Investigations into the jail dietaries of the United Provinces with some observations on the influence of dietary on the physical development and well-being of the people of the United Provinces - Number 48
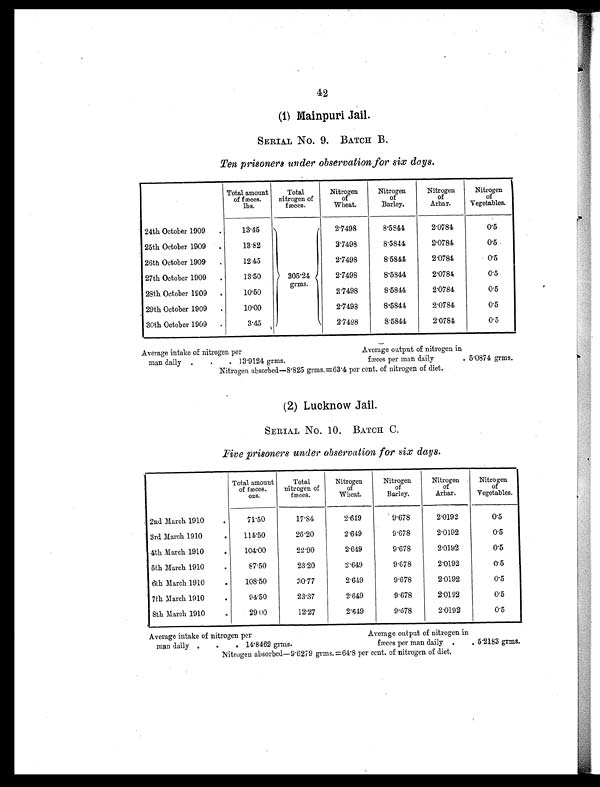
42
SERIAL No. 9. BATCH B.
Ten prisoners under observation for six days.
Total amount
of fæces.
l b s .
Total
nitrogen of
fæces.
Nitrogen
of
Wheat.
Nitrogen
of
Barley.
Nitrogen
of
Arhar.
Nitrogen
of
Vegetables.
24th October 1909
.
13.45
305.24
grms.
2.7498
8.5844
2.0784
0.5
25th October 1909
.
13.82
2.7498
8.5844
2.0784
0.5
26th October 1909
.
12.45
2.7498
8.5844
2.0784
0.5
27th October 1909
.
13.50
2.7498
8.5844
2.078
0.5
28th October 1909
.
10.50
2.7498
8.5844
2.0784
0.5
29th October 1909
.
10.00
2.7498
8.5844
2.0784
0.5
30th October 1909
.
3.45
2.7498
8.5844
2.0784
0.5
Average intake of nitrogen per
Average output of nitrogen in
man daily
. .
. 13. 9124 grms.
fæces per man daily
. 5.0874 grms.
Nitrogen absorbed—8.825 grms.=63.4 per cent. of nitrogen of diet.
(2) Lucknow Jail.
SERIAL NO. 10. BATCH C.
Five prisoners under observation for six days.
Total amount
of fæces.
o z s .
Total
nitrogen of
fæces.
Nitrogen
of
Wheat.
Nitrogen
of
Barley.
Nitrogen
of
Arhar.
Nitrogen
of
Vegetables.
2nd March 1910
.
71.50
17.84
2.649
9.678
2.0192
0.5
3rd March 1910
.
114.50
26.20
2.649
9.678
2.0192
0.5
4th March 1910
.
104.00
22.90
2.649
9.678
2.0192
0.5
5th March 1910
.
87.50
23.20
2.649
9.678
2.0192
0.5
6th March 1010
.
108.50
30.77
2.649
9.678
2.0192
0.5
7th March 1910
.
94.50
23.37
2.649
9.678
2.0192
0.5
8th March 1910
.
29.00
12.27
2.649
9.678
2.0192
0.5
Average intake of nitrogen per
Average output of nitrogen in
man daily .
.
. 1 4 . 8 4 6 2 g r ms .
fæces per man daily
.
. 5.2183 grms.
Nitrogen absorbed—9.6279 grms. =64.8 per cent. of nitrogen of diet.